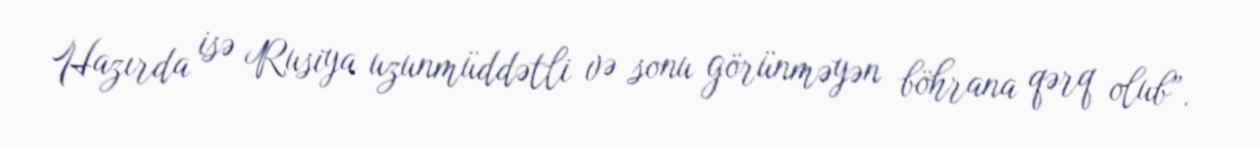
Hazırda isə Rusiya uzunmüddətli və sonu görünməyən böhrana qərq olub”.